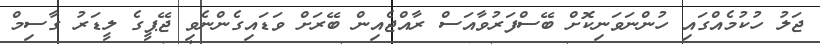
ޖަލު ހުކުމެއްގައި ހުންނަވަނިކޮށް ބޭސްފަރުވާއަސް ރާއްޖެއިން ބޭރަށް ވަޑައިގެންނެވި ޖޭޕީގެ ލީޑަރު ގާސިމް